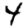
Digit: 4